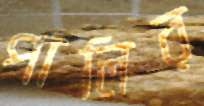
পালির